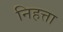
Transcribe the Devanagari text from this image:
निहत्ता